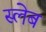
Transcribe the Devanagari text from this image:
स्लेब